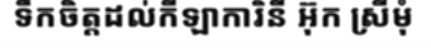
ទឹកចិត្តដល់កីឡាការិនី អ៊ុក ស្រីមុំ